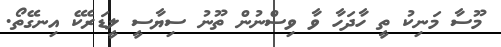
މޫސާ މަނިކު ތީ ހާދަހާ ވާ ވިސްނުން ތޫނު ސިޔާސީ ލީޑަރެކޭ އިނގޭތޯ.